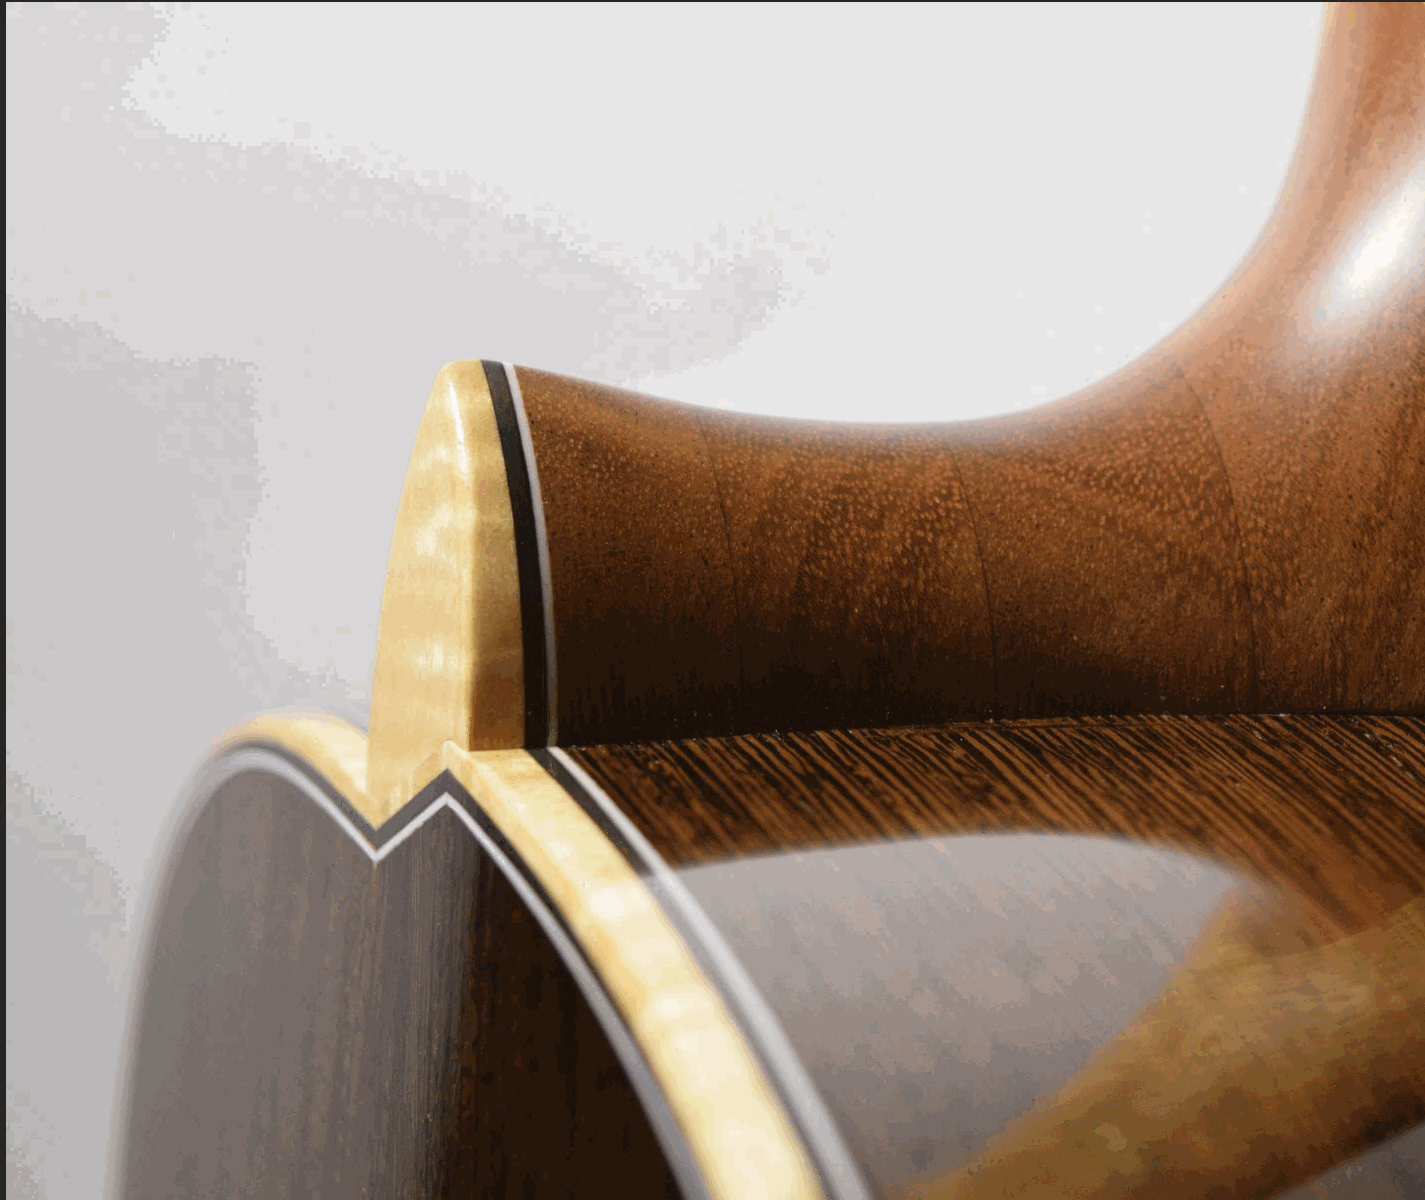
Preface
 This portfolio presents  a story in pictures of my
 work  to date. From   the very start of this guitar
 building  endeavor   I have captured  photos  of each
 completed   instrument  and  presented  them  on a
 Website   gallery. Nowadays,    I assume  that books
 have  a  special place  in our society - if not for the
 hard  copy  to touch and  share,  then this is for
 those  seeking  a reprieve from  their computer
 screens.
 So  kick back  on the couch  and  enjoy  the finite
 world  of page  turning  through  a portfolio of some
 special  projects inspired by  beautiful wood  and
 the continual  pursuit of creating the ideal classical
 guitar.